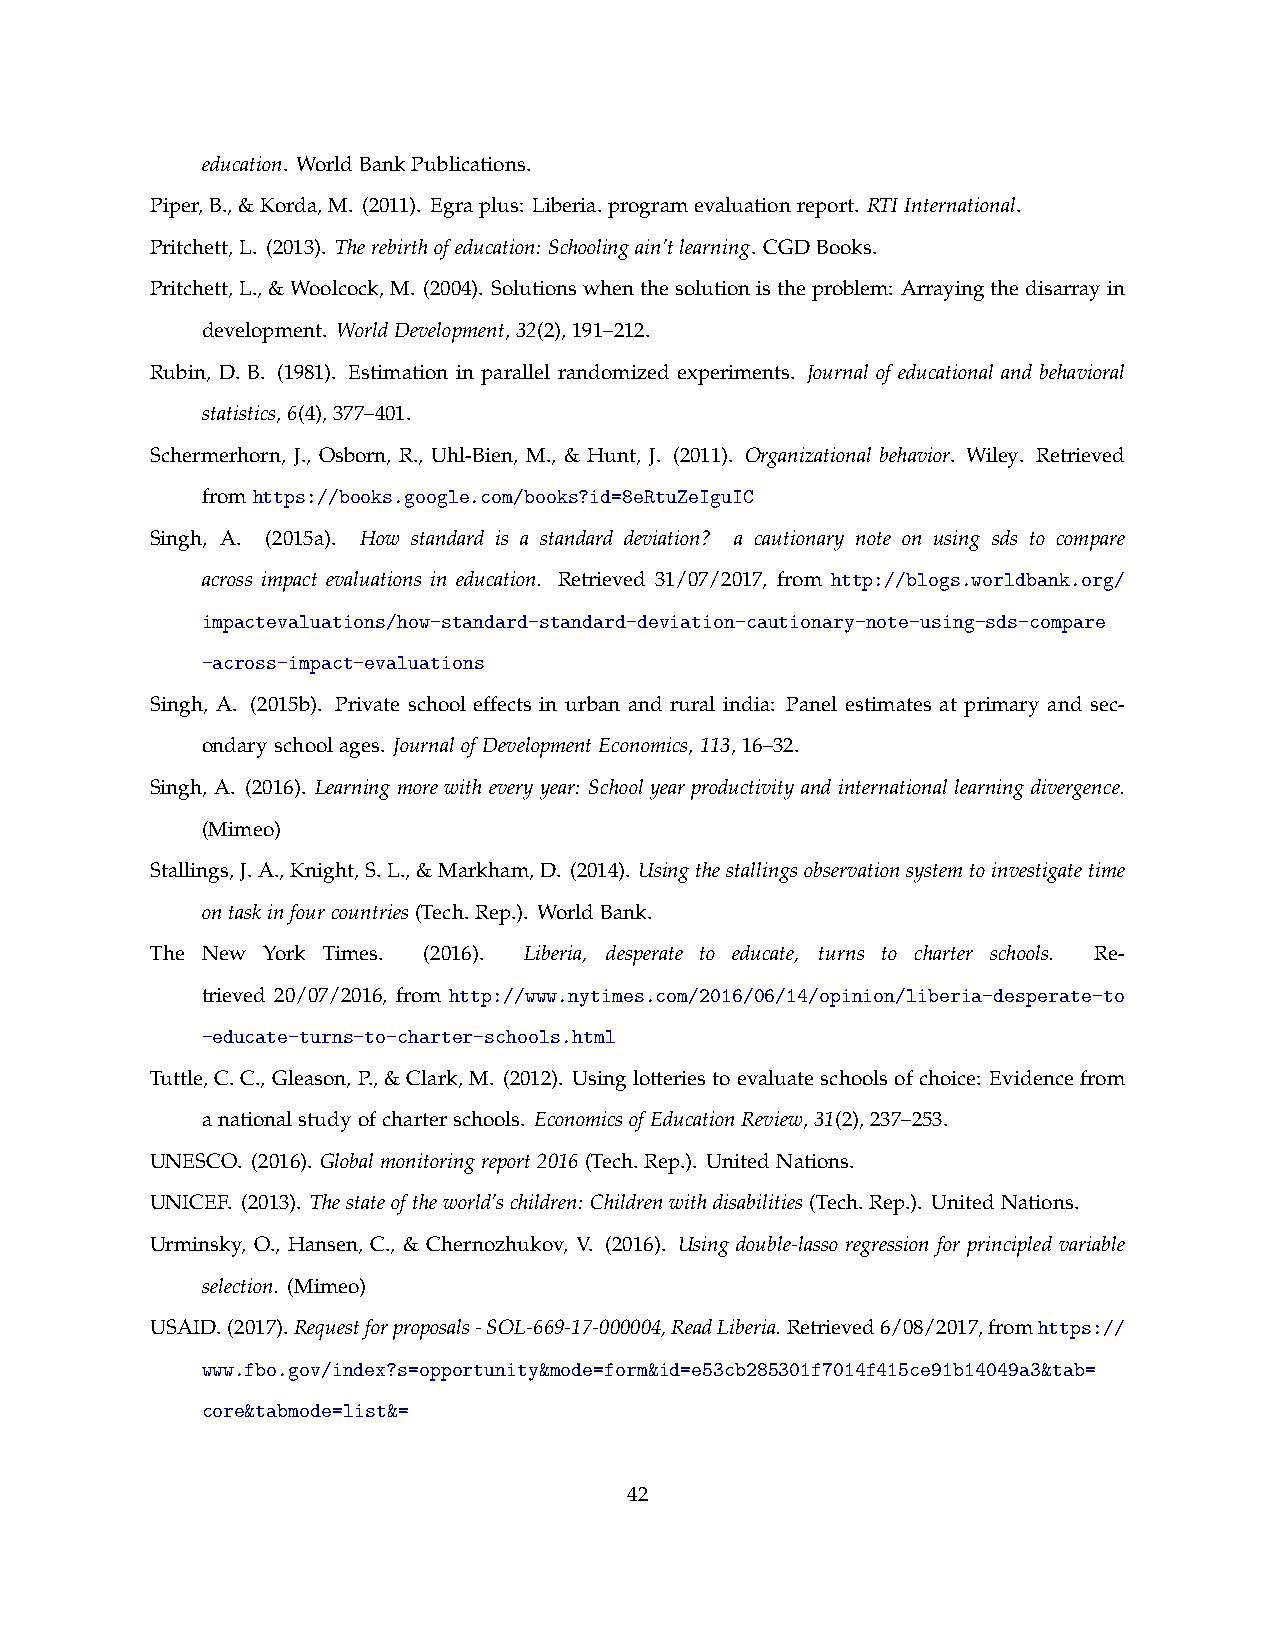
education. WorldBankPublications.
 Piper,B.,&Korda,M. (2011). Egraplus: Liberia.programevaluationreport. RTIInternational.
 Pritchett,L. (2013). Therebirthofeducation: Schoolingain’tlearning. CGDBooks.
 Pritchett,L.,&Woolcock,M. (2004). Solutionswhenthesolutionistheproblem: Arrayingthedisarrayin
 development. WorldDevelopment,32(2),191–212.
 Rubin, D. B. (1981). Estimation in parallel randomized experiments. Journal of educational and behavioral
 statistics,6(4),377–401.
 Schermerhorn, J., Osborn, R., Uhl-Bien, M., & Hunt, J. (2011). Organizational behavior. Wiley. Retrieved
 fromhttps://books.google.com/books?id=8eRtuZeIguIC
 Singh, A. (2015a). How standard is a standard deviation? a cautionary note on using sds to compare
 across impact evaluations in education. Retrieved 31/07/2017, from http://blogs.worldbank.org/
 impactevaluations/how-standard-standard-deviation-cautionary-note-using-sds-compare
 -across-impact-evaluations
 Singh, A. (2015b). Private school effects in urban and rural india: Panel estimates at primary and sec-
 ondaryschoolages. JournalofDevelopmentEconomics,113,16–32.
 Singh, A. (2016). Learningmorewitheveryyear: Schoolyearproductivityandinternationallearningdivergence.
 (Mimeo)
 Stallings,J.A.,Knight,S.L.,&Markham,D. (2014). Usingthestallingsobservationsystemtoinvestigatetime
 ontaskinfourcountries(Tech.Rep.). WorldBank.
 The New York Times. (2016). Liberia, desperate to educate, turns to charter schools. Re-
 trieved 20/07/2016, from http://www.nytimes.com/2016/06/14/opinion/liberia-desperate-to
 -educate-turns-to-charter-schools.html
 Tuttle, C.C., Gleason, P.,&Clark, M. (2012). Using lotteriestoevaluateschoolsofchoice: Evidencefrom
 anationalstudyofcharterschools. EconomicsofEducationReview,31(2),237–253.
 UNESCO. (2016). Globalmonitoringreport2016(Tech.Rep.). UnitedNations.
 UNICEF. (2013). Thestateoftheworld’schildren: Childrenwithdisabilities(Tech.Rep.). UnitedNations.
 Urminsky, O., Hansen, C., & Chernozhukov, V. (2016). Using double-lasso regression for principled variable
 selection. (Mimeo)
 USAID.(2017).Requestforproposals-SOL-669-17-000004,ReadLiberia.Retrieved6/08/2017,fromhttps://
 www.fbo.gov/index?s=opportunity&mode=form&id=e53cb285301f7014f415ce91b14049a3&tab=
 core&tabmode=list&=
 42